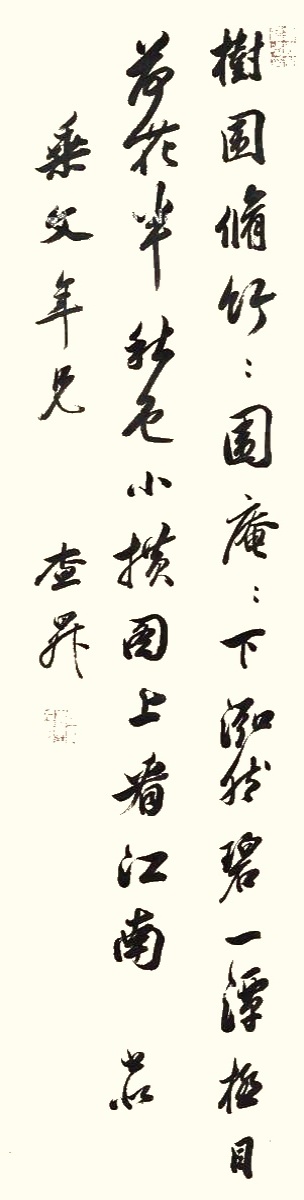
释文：树围修竹竹围庵，庵下泓然碧一潭。极目荷花半秋色，小横图上看江南。书似乘文年兄，查升。